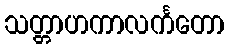
သတ္တာဟကာလင်္ကတော